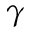
\gamma